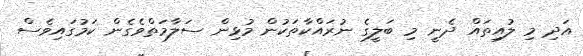
އަދި މި ލުއިތައް ދެނީ މި ބަލީގެ ނުރައްކާތަކުން މުޅިން ސަލާމަތްވެގެން ކަމުގައިވެސް